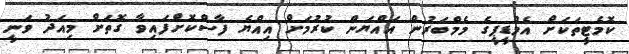
ކޮމެޓީތަކަށް އެމްޑީޕީގެ މެމްބަރުން އައްޔަން ކުރުމަށް އިއްޔެ ފާސްކޮށްފައިވާ ގޮތަށް މިއަދު ވަނީ